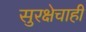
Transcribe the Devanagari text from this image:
सुरक्षेचाही